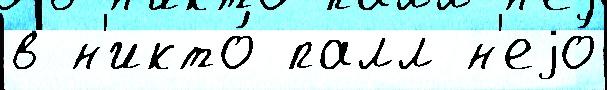
в н'икто́ палл н'еjо́